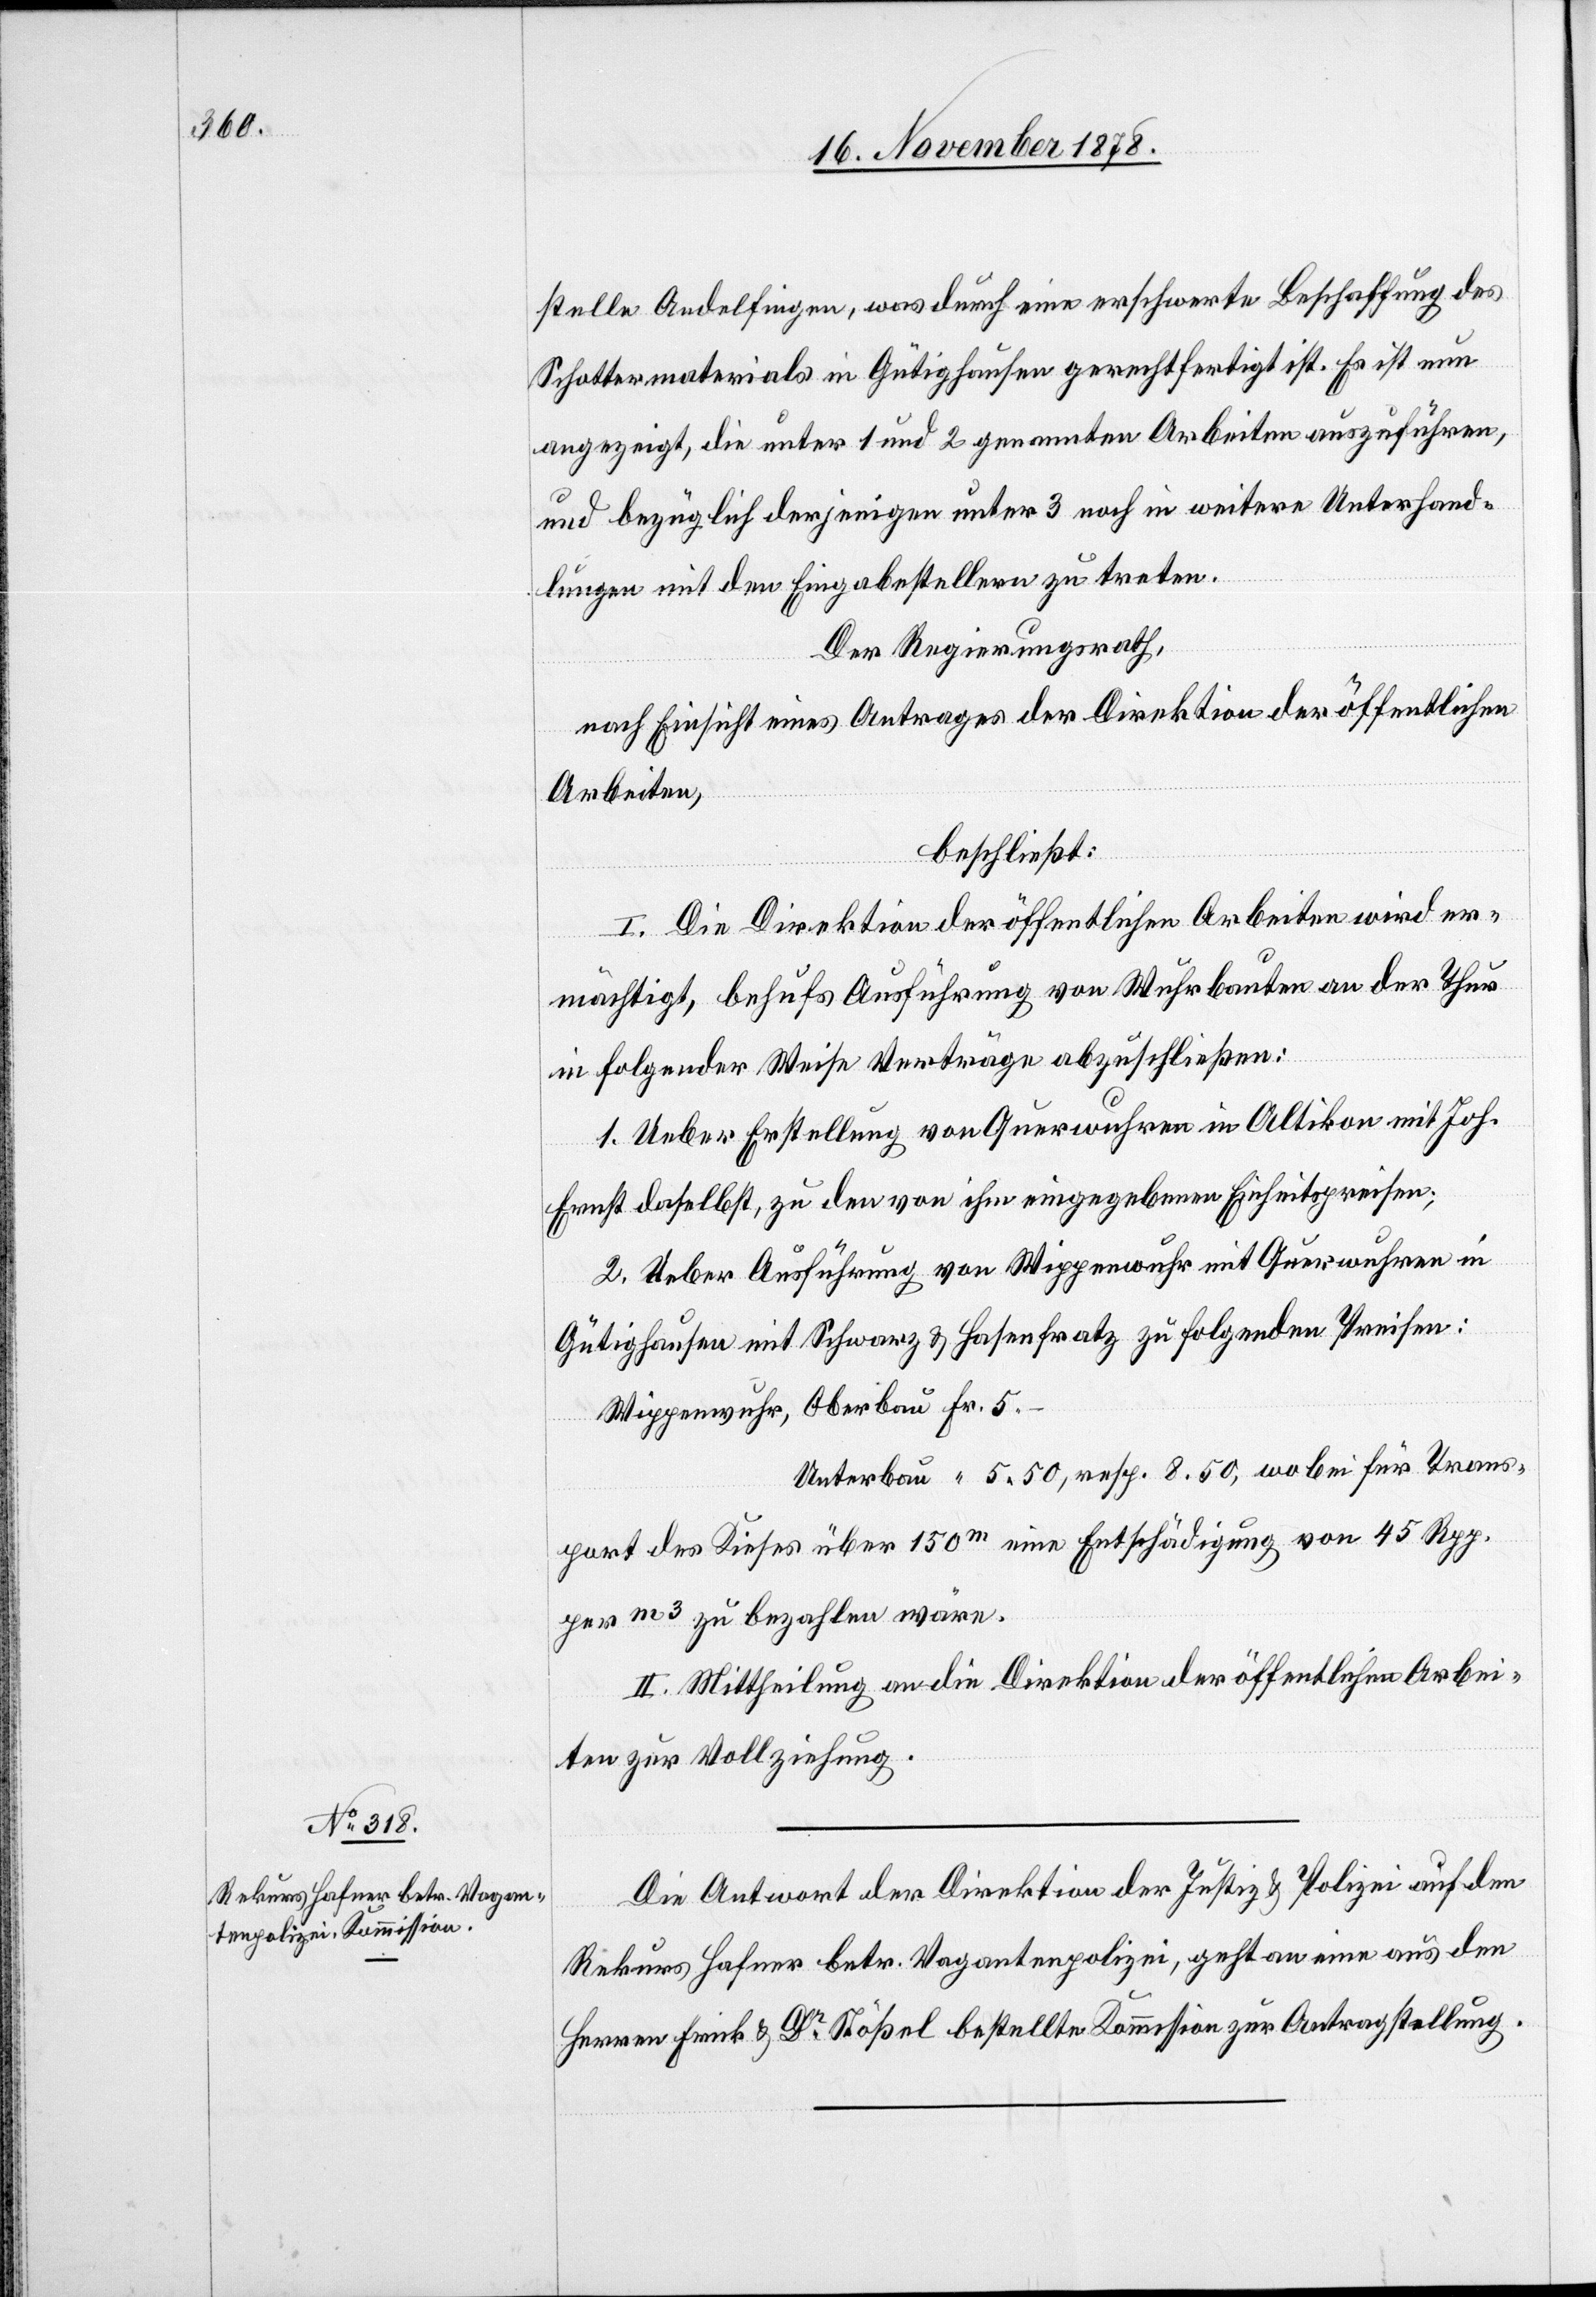
stelle Andelfingen, was durch eine erschwerte Beschaffung des
Schottermaterials in Gütighausen gerechtfertigt ist. Es ist nun
angezeigt, die unter 1 und 2 genannten Arbeiten auszuführen,
und bezüglich derjenigen unter 3 noch in weitere Unterhand¬
lungen mit den Eingabestellern zu treten.
Der Regierungsrath,
nach Einsicht eines Antrages der Direktion der öffentlichen
Arbeiten,
beschließt:
I. Die Direktion der öffentlichen Arbeiten wird er¬
mächtigt, behufs Ausführung von Wuhrbauten an der Thur
in folgender Weise Verträge abzuschließen:
1. Ueber Erstellung von Querwuhren in Altikon mit Joh.
Ernst daselbst, zu den von ihm eingegebenen Einheitspreisen;
2. Ueber Ausführung von Wippenwuhr mit Querwuhren in
Gütighausen mit Schwarz & Hasenfratz zu folgenden Preisen:
Wippenwuhr, Oberbau Fr. 5.–
Unterbau “ 5.50, resp. 8.50, wobei für Trans¬
port des Kieses über 150m eine Entschädigung von 45 Rpp.
per m3 zu bezahlen wäre.
II. Mittheilung an die Direktion der öffentlichen Arbei¬
ten zur Vollziehung.
Die Antwort der Direktion der Justiz & Polizei auf den
Rekurs Hafner betr. Vagantenpolizei, geht an eine aus den
Herren Frick & Dr Stößel bestellte Kommission zur Antragstellung.